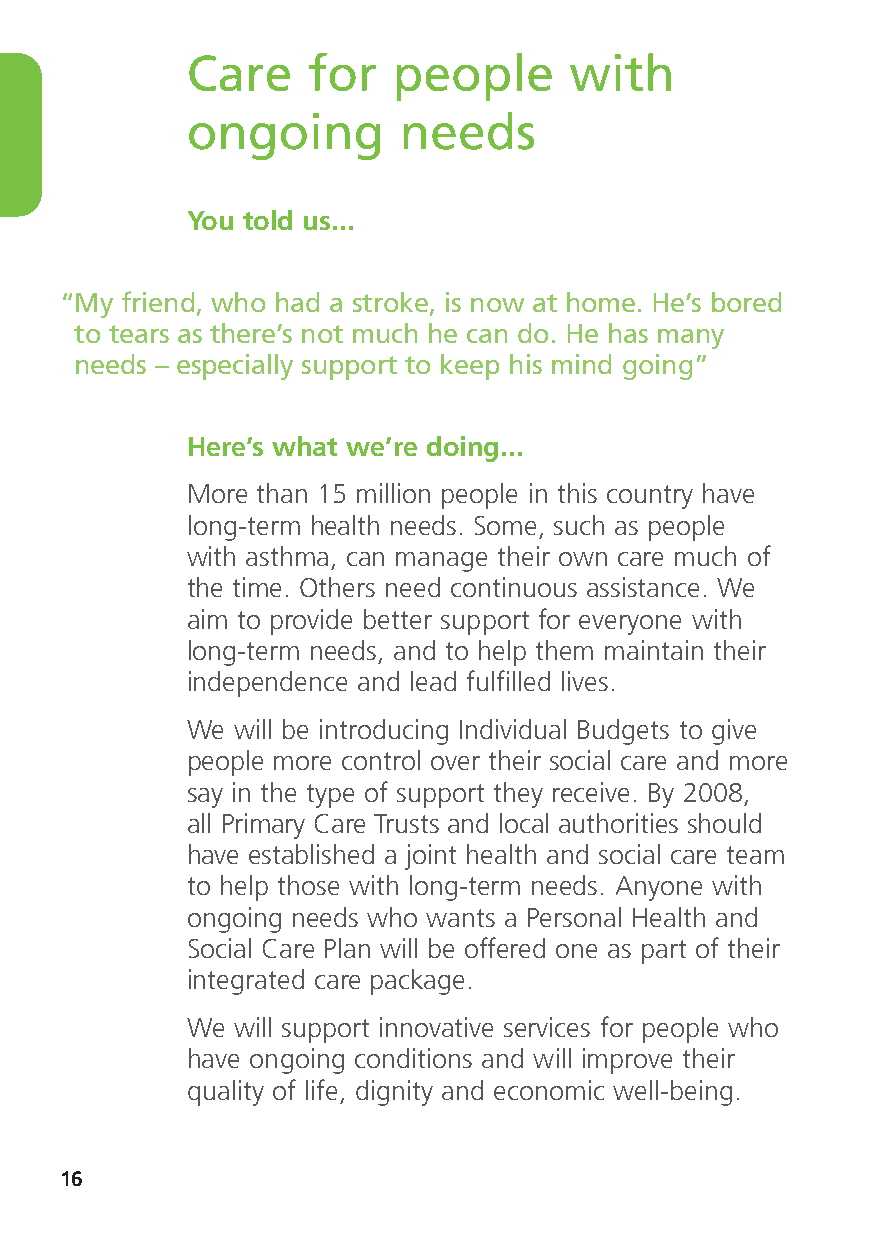
Care    for   people      with
 ongoing       needs
 You told us...
 “My friend, who had a stroke, is now at home. He’s bored
 to tears as there’s not much he can do. He has many
 needs – especially support to keep his mind going”
 Here’s what we’re doing...
 More than 15 million people in this country have
 long-term health needs. Some, such as people
 with asthma, can manage their own care much of
 the time. Others need continuous assistance. We
 aim to provide better support for everyone with
 long-term needs, and to help them maintain their
 independence and lead fulfilled lives.
 We will be introducing Individual Budgets to give
 people more control over their social care and more
 say in the type of support they receive. By 2008,
 all Primary Care Trusts and local authorities should
 have established a joint health and social care team
 to help those with long-term needs. Anyone with
 ongoing needs who wants a Personal Health and
 Social Care Plan will be offered one as part of their
 integrated care package.
 We will support innovative services for people who
 have ongoing conditions and will improve their
 quality of life, dignity and economic well-being.
 16